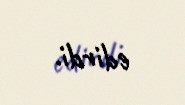
edirdi.